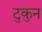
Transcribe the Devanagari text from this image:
टुकुन